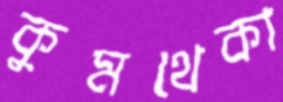
কুমথেকা